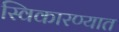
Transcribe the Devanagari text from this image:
स्विकारण्यात